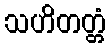
သဟိတတ္တံ